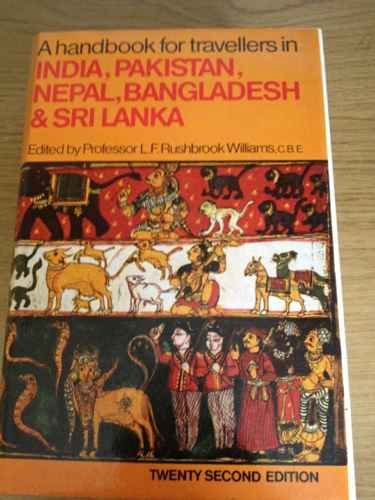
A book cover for A Handbook for Travellers in India, Pakistan, Nepal, Bangladesh and Sri Lanka; Travel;